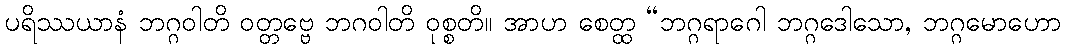
ပရိဿယာနံ ဘဂ္ဂဝါတိ ဝတ္တဗ္ဗေ ဘဂဝါတိ ဝုစ္စတိ။ အာဟ စေတ္ထ “ဘဂ္ဂရာဂေါ ဘဂ္ဂဒေါသော, ဘဂ္ဂမောဟော